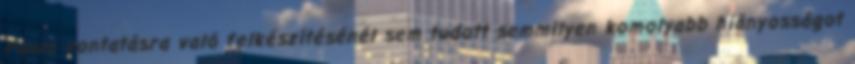
Paulo vontatásra való felkészítésénél sem tudott semmilyen komolyabb hiányosságot